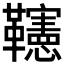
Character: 𩍹